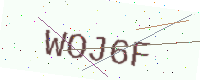
Text: WOJ6F